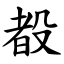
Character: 殾